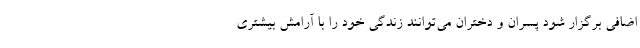
اضافی برگزار شود پسران و دختران می‌توانند زندگی خود را با آرامش بیشتری